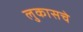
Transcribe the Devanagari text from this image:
लुकासचे